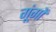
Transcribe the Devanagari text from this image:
गूंगों